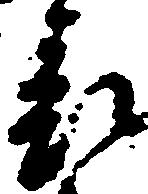
表